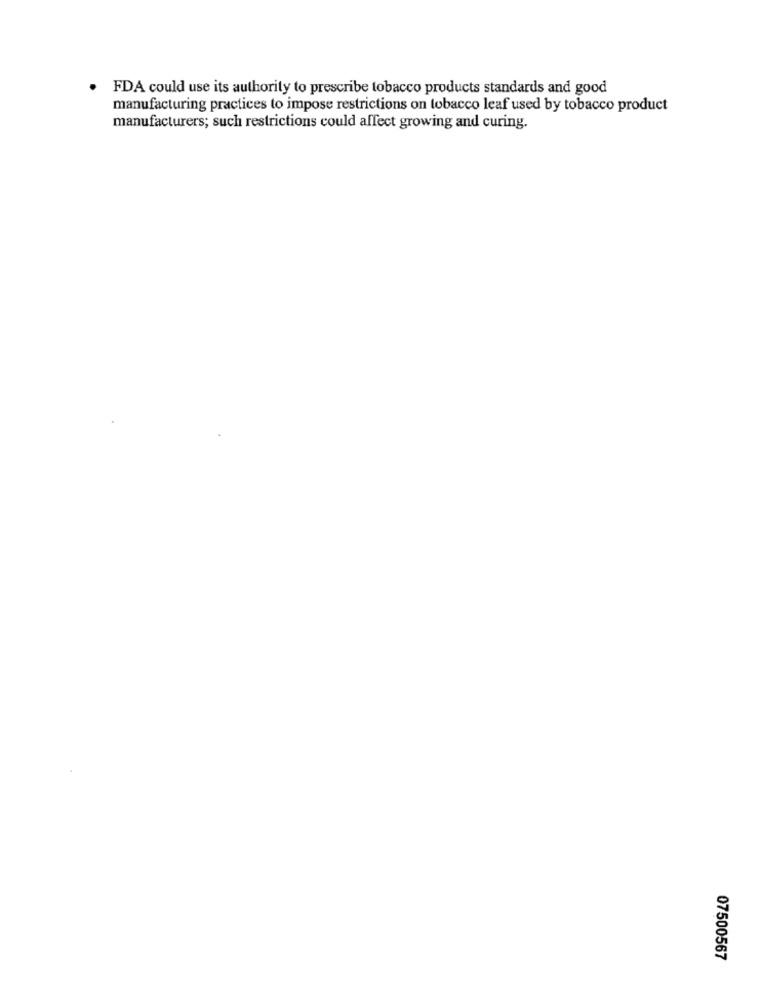
FDA could use its authority to prescribe tobacco products standards and good
manufacturing practices to impose restrictions on tobacco leaf used by tobacco product
manufacturers; such restrictions could affect growing and curing.
07500567